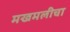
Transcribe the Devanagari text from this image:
मखमलीचा